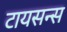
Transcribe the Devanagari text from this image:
टायसन्स